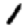
Digit: 1